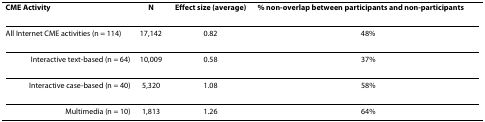
| CME Activity | N | Effect size (average) | % non-overlap between participants and non-participants |
 | --- | --- | --- | --- |
 | All Internet CME activities (n = 114) | 17,142 | 0.82 | 48% |
 | Interactive text-based (n = 64) | 10,009 | 0.58 | 37% |
 | Interactive case-based (n = 40) | 5,320 | 1.08 | 58% |
 | Multimedia (n = 10) | 1,813 | 1.26 | 64% |